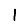
Digit: 1